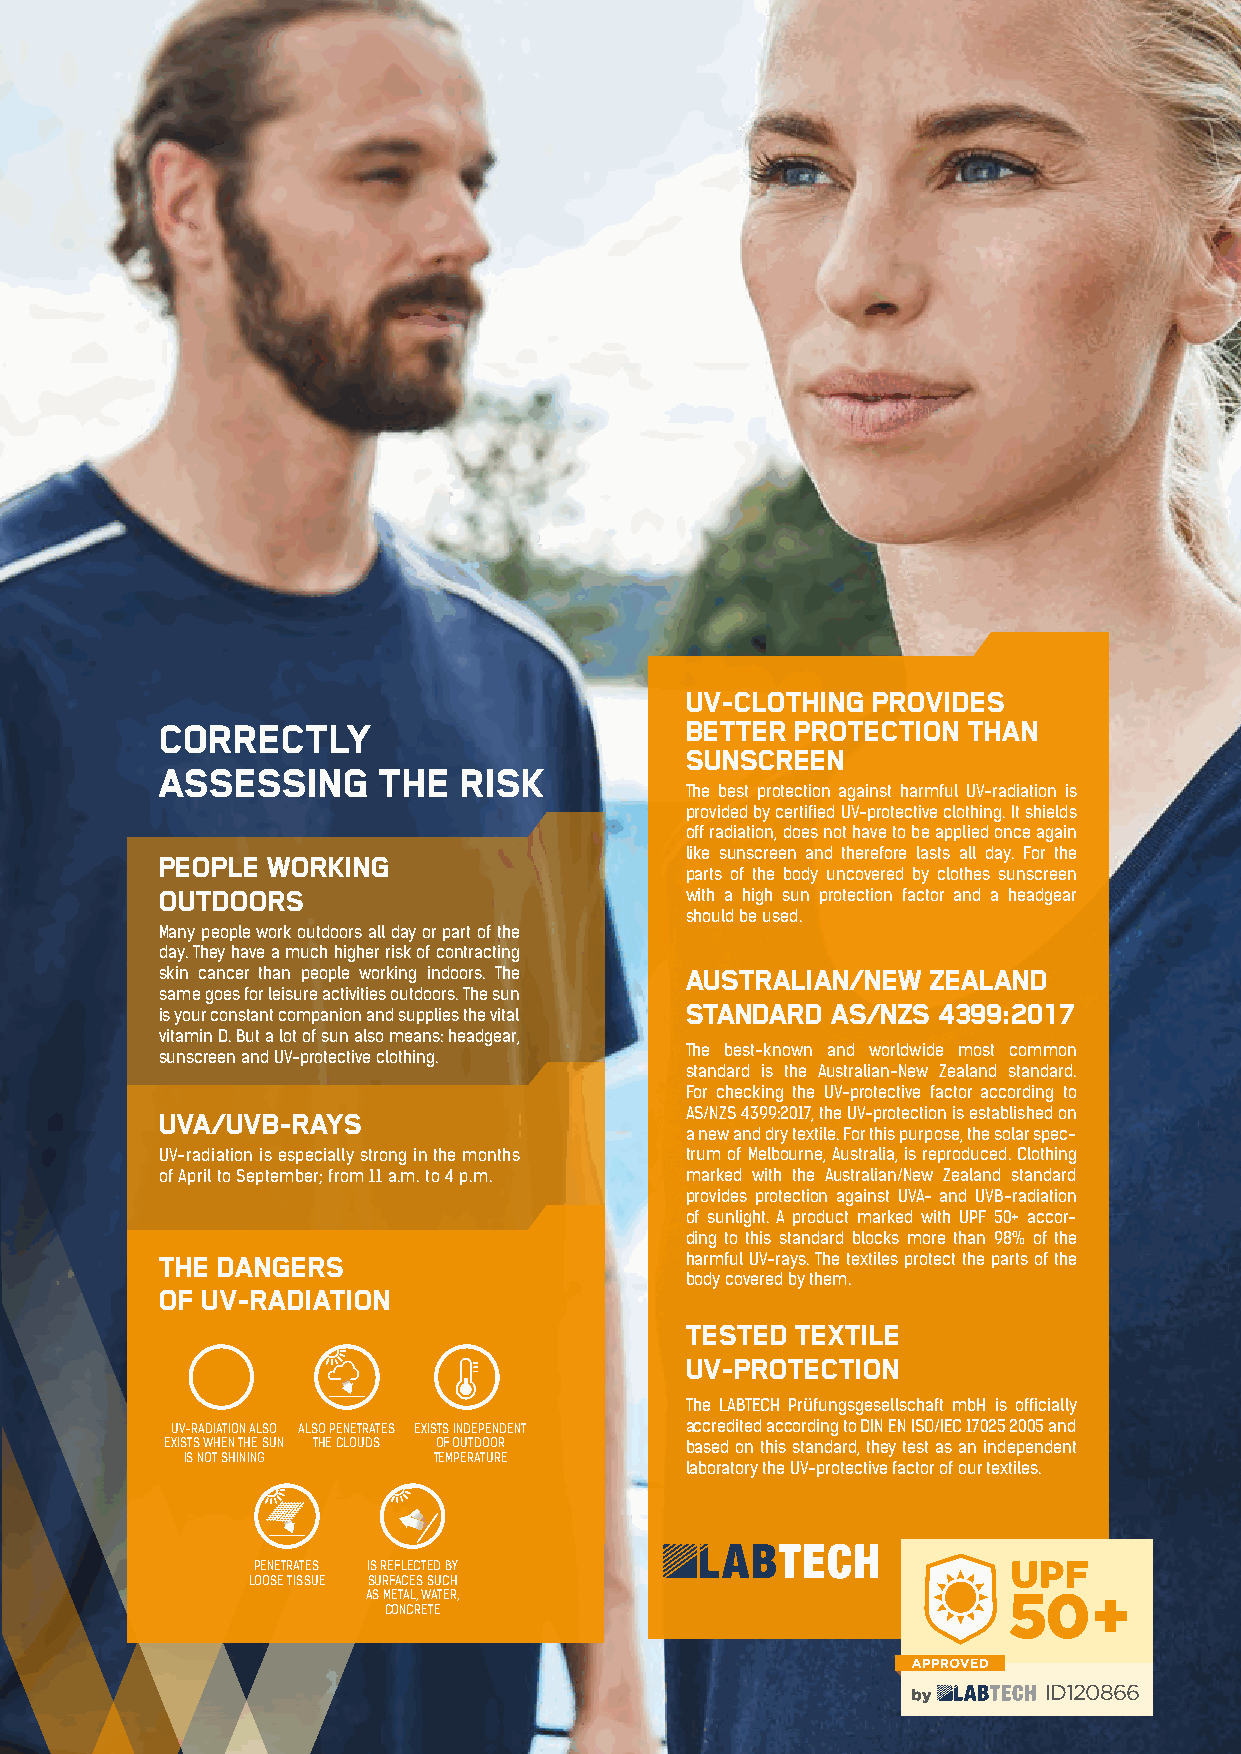
NEW:
 COMING TO GRIPS WITH
 THE SUN THANKS TO
 WORKWEAR WITH CER-
 TIFIED UV-PROTECTION
 B
 V
 U
 A
 V
 U
 98% SHIELDING
 UV-CLOTHING  PROVIDES
 OF UV-RADIATION CORRECTLY                    BETTER  PROTECTION THAN
 SUNSCREEN
 ASSESSING     THE  RISK
 The best protection against harmful UV-radiation is
 provided by certified UV-protective clothing. It shields
 off radiation, does not have to be applied once again
 PEOPLE WORKING                    like sunscreen and therefore lasts all day. For the
 parts of the body uncovered by clothes sunscreen
 OUTDOORS                          with a high sun protection factor and a headgear
 should be used.
 Many people work outdoors all day or part of the
 day. They have a much higher risk of contracting
 skin cancer than people working indoors. The AUSTRALIAN/NEW ZEALAND
 same goes for leisure activities outdoors. The sun
 STANDARD  AS/NZS 4399:2017
 is your constant companion and supplies the vital
 vitamin D. But a lot of sun also means: headgear,
 The best-known and worldwide most common
 sunscreen and UV-protective clothing.
 standard is the Australian-New Zealand standard.
 For checking the UV-protective factor according to
 UVA/UVB-RAYS                      AS/NZS 4399:2017, the UV-protection is established on
 a new and dry textile. For this purpose, the solar spec-
 UV-radiation is especially strong in the months trum of Melbourne, Australia, is reproduced. Clothing
 of April to September; from 11 a.m. to 4 p.m. marked with the Australian/New Zealand standard
 provides protection against UVA- and UVB-radiation
 SUN PROTECTION AT WORK                       of sunlight. A product marked with UPF 50+ accor-
 ding to this standard blocks more than 98% of the
 THE DANGERS                       harmful UV-rays. The textiles protect the parts of the
 body covered by them.
 OF UV-RADIATION
 WORKWEAR WITH CERTIFIED UV-PROTECTION
 TESTED  TEXTILE
 UV-PROTECTION
 THE MORE UPF, THE BETTER
 The LABTECH Prüfungsgesellschaft mbH is officially
 UV-RADIATION ALSO ALSO PENETRATES EXISTS INDEPENDENT accredited according to DIN EN ISO/IEC 17025 2005 and
 EXISTS WHEN THE SUN THE CLOUDS OF OUTDOOR based on this standard, they test as an independent
 The UPF (Ultraviolet Protection Factor) indicated on UV-protective clothing shows how much longer IS NOT SHINING TEMPERATURE
 laboratory the UV-protective factor of our textiles.
 somebody wearing these clothes can stay in the sun without suffering any damage to health.
 Therefore, the UPF-indication on textiles corresponds to the sun protection factor of sunscreens.
 This is based on the self-protection time of the skin, which varies considerably depending on the
 PENETRATES IS REFLECTED BY
 individual skin type.
 LOOSE TISSUE SURFACES SUCH
 AS METAL, WATER,
 CONCRETE
 ID120866
 19